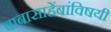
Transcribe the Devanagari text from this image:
बाबासाहेंबांविषयी